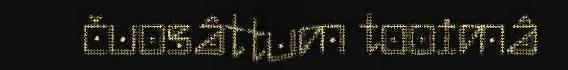
čuosâttum tooimâ